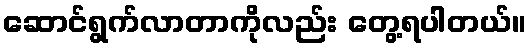
ဆောင်ရွက်လာတာကိုလည်း တွေ့ရပါတယ်။